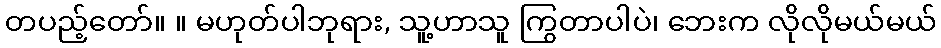
တပည့်တော်။ ။ မဟုတ်ပါဘုရား, သူ့ဟာသူ ကြွတာပါပဲ၊ ဘေးက လိုလိုမယ်မယ်